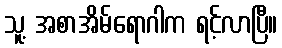
သူ့ အစာအိမ်ရောဂါက ရင့်လာပြီ။